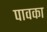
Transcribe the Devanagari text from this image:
पावका